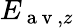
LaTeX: E_{\mathrm{~a~v~},z}